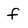
Character: f